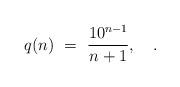
LaTeX: \begin{align*} q(n) \ =\ \frac{10^{n-1}}{n+1},\quad. \end{align*}